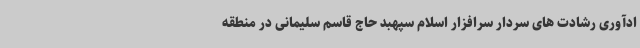
ادآوری رشادت های سردار سرافزار اسلام سپهبد حاج قاسم سلیمانی در منطقه